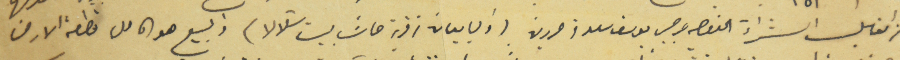
من القابل الشراء النعصه جرجس يوسف سعد من حردين (والبايعان من قرية حاش بيت شالالا) والبيع هو كامل قطعة الارض